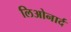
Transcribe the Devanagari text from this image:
लिओनार्द